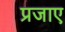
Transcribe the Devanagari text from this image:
प्रजाए